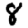
Digit: 8